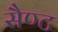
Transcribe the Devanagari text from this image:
सैण्ट